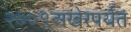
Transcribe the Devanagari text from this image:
२००९अखेरपर्यंत